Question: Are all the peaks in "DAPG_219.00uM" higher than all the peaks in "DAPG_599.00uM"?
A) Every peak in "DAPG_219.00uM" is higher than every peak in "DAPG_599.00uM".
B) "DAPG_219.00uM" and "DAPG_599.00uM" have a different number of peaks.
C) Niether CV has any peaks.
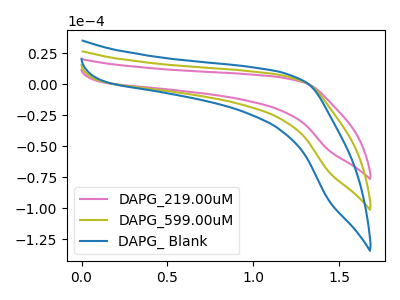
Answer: <think>The pink curve "DAPG_219.00uM" has no peaks. The olive curve "DAPG_599.00uM" has no peaks. The blue curve "DAPG_ Blank" has no peaks.</think>
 <answer>C) Niether CV has any peaks.</answer>
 <eval>C</eval>